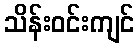
သိန်းဝင်းကျင်